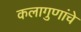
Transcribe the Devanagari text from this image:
कलागुणांचे